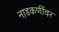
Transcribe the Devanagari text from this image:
नाडकर्णीवर